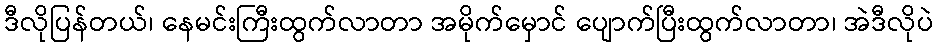
ဒီလိုပြန်တယ်၊ နေမင်းကြီးထွက်လာတာ အမိုက်မှောင် ပျောက်ပြီးထွက်လာတာ၊ အဲဒီလိုပဲ